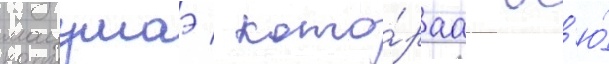
мацумаэ / кото́раа вс'ю́